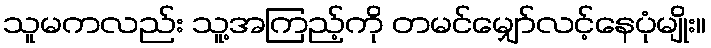
သူမကလည်း သူ့အကြည့်ကို တမင်မျှော်လင့်နေပုံမျိုး။